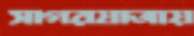
সাগরযাত্রায়